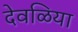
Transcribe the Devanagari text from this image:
देवळिया